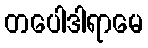
တပေါဒါရာမေ